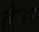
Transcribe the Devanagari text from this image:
तेारा